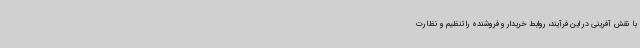
با نقش آفرینی در این فرآیند، روابط خریدار و فروشنده را تنظیم و نظارت